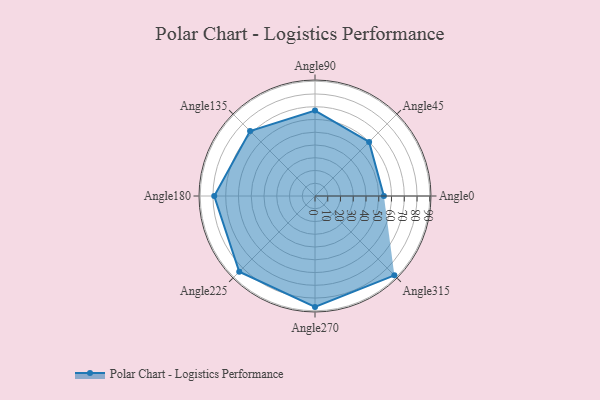
{"axis": {"x": "Angle", "y": "Radius"}, "legend": [""], "data": [{"x": "Angle0", "y": 54.0, "type": ""}, {"x": "Angle45", "y": 60.0, "type": ""}, {"x": "Angle90", "y": 67.0, "type": ""}, {"x": "Angle135", "y": 72.0, "type": ""}, {"x": "Angle180", "y": 79.0, "type": ""}, {"x": "Angle225", "y": 84.0, "type": ""}, {"x": "Angle270", "y": 87.0, "type": ""}, {"x": "Angle315", "y": 88.0, "type": ""}]}